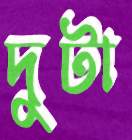
দুটা